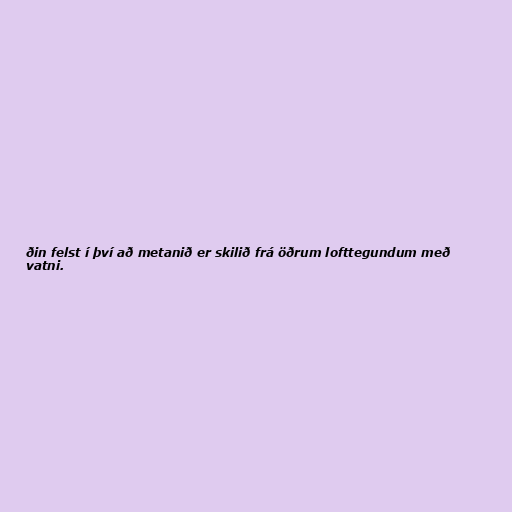
ðin felst í því að metanið er skilið frá öðrum lofttegundum með
vatni.